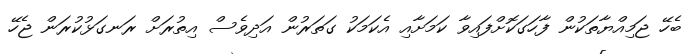
ބެހޭ ޖަމިއްޔާތަކުން ފާހަގަކޮށްފައިވާ ކަަމަށާއި އެކަމަކު ގަަތަރުން އަދިވެސް އިތުރަށް ރަނގަޅުކުރަން ޖެހޭ